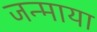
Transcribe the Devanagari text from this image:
जन्माया